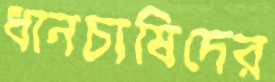
ধানচাষিদের